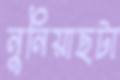
নুনিয়াছটা